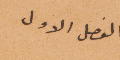
الفصل الأول